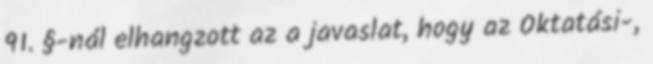
91. §-nál elhangzott az a javaslat, hogy az Oktatási-,